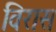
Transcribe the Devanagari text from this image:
विरास